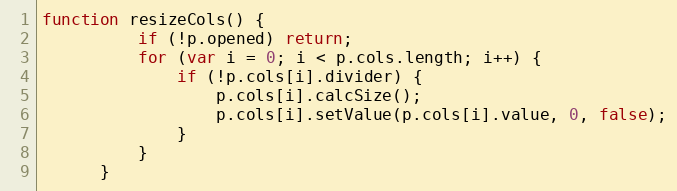
Language: JavaScript
function resizeCols() {
          if (!p.opened) return;
          for (var i = 0; i < p.cols.length; i++) {
              if (!p.cols[i].divider) {
                  p.cols[i].calcSize();
                  p.cols[i].setValue(p.cols[i].value, 0, false);
              }
          }
      }